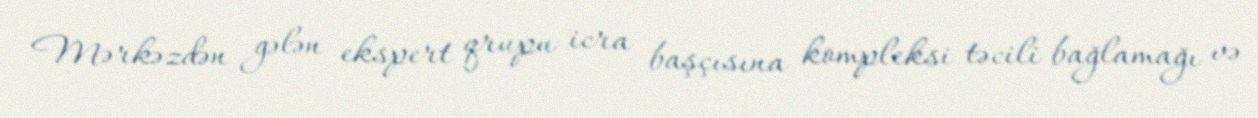
Mərkəzdən gələn ekspert qrupu icra başçısına kompleksi təcili bağlamağı və